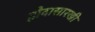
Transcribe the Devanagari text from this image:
हौदासारखी